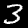
Label: 3